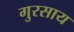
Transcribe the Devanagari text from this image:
गुरसाय